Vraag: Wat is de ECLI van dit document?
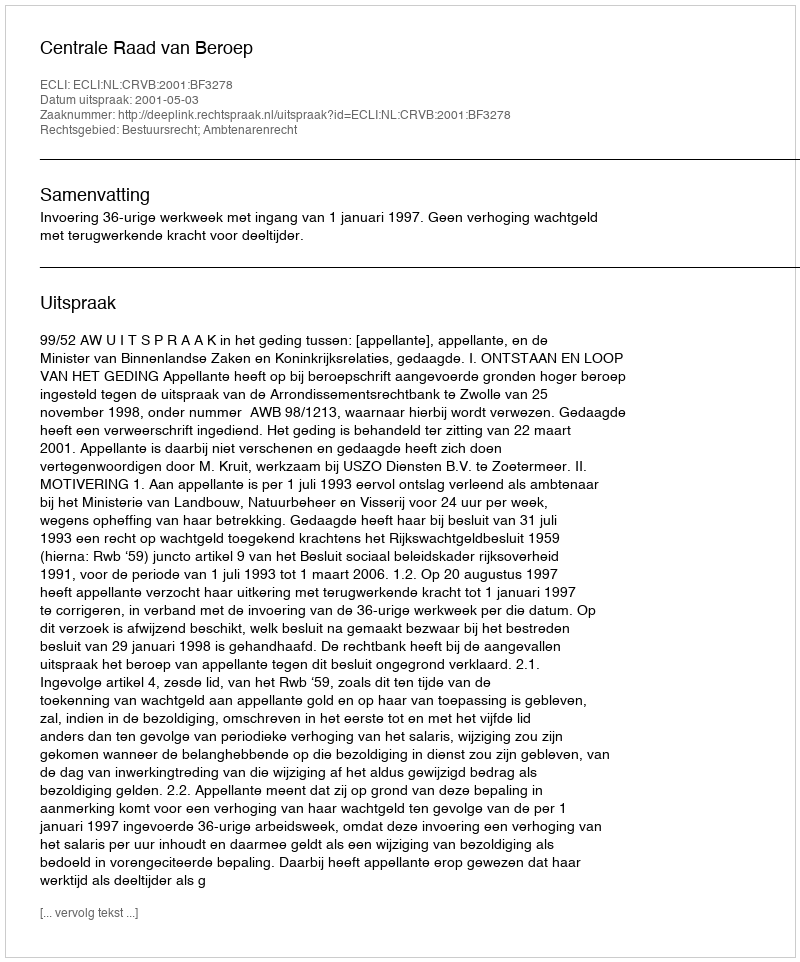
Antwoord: ECLI:NL:CRVB:2001:BF3278